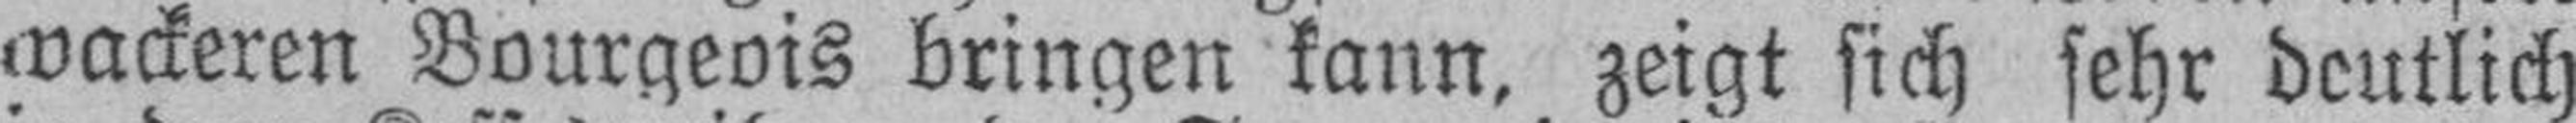
wackeren Bourgeois bringen kann, zeigt sich sehr deutlich